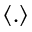
\left\langle . \right\rangle